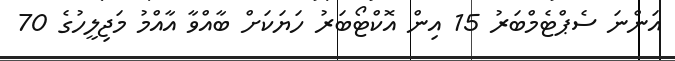
އަންނަ ސެޕްޓެމްބަރު 15 އިން އޮކްޓޯބަރު ހަޔަކަށް ބާއްވާ އާއްމު މަޖިލީހުގެ 70